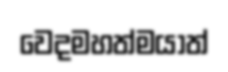
වෙදමහත්මයාත්